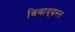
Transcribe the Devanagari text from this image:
विवाद्ग्रस्त